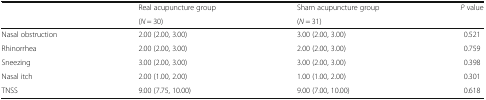
<table><thead><tr><td rowspan="2"></td><td><b>Real acupuncture group</b></td><td><b>Sham acupuncture group</b></td><td rowspan="2"><b><i>P</i> value</b></td></tr><tr><td><b>(<i>N</i> = 30)</b></td><td><b>(<i>N</i> = 31)</b></td></tr></thead><tbody><tr><td>Nasal obstruction</td><td>2.00 (2.00, 3.00)</td><td>3.00 (2.00, 3.00)</td><td>0.521</td></tr><tr><td>Rhinorrhea</td><td>2.00 (2.00, 3.00)</td><td>2.00 (2.00, 3.00)</td><td>0.759</td></tr><tr><td>Sneezing</td><td>3.00 (2.00, 3.00)</td><td>3.00 (2.00, 3.00)</td><td>0.398</td></tr><tr><td>Nasal itch</td><td>2.00 (1.00, 2.00)</td><td>1.00 (1.00, 2.00)</td><td>0.301</td></tr><tr><td>TNSS</td><td>9.00 (7.75, 10.00)</td><td>9.00 (7.00, 10.00)</td><td>0.618</td></tr></tbody></table>